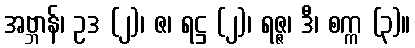
အဗ္ဘာန်၊ ဥဒ (၂)၊ ဇ၊ ရဋ္ဌ (၂)၊ ရဇ္ဇ၊ ဒီ၊ စက္က (၃)။